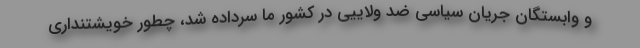
و وابستگان جریان سیاسی ضد ولاییی در کشور ما سرداده شد، چطور خویشتنداری